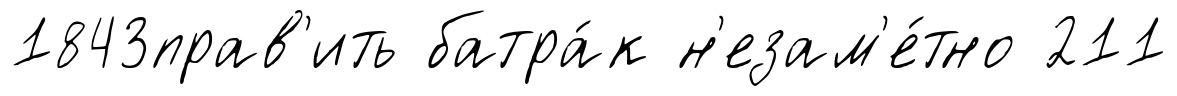
1843прав'ить батра́к н'езам'е́тно 211